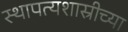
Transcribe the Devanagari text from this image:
स्थापत्यशास्रीच्या